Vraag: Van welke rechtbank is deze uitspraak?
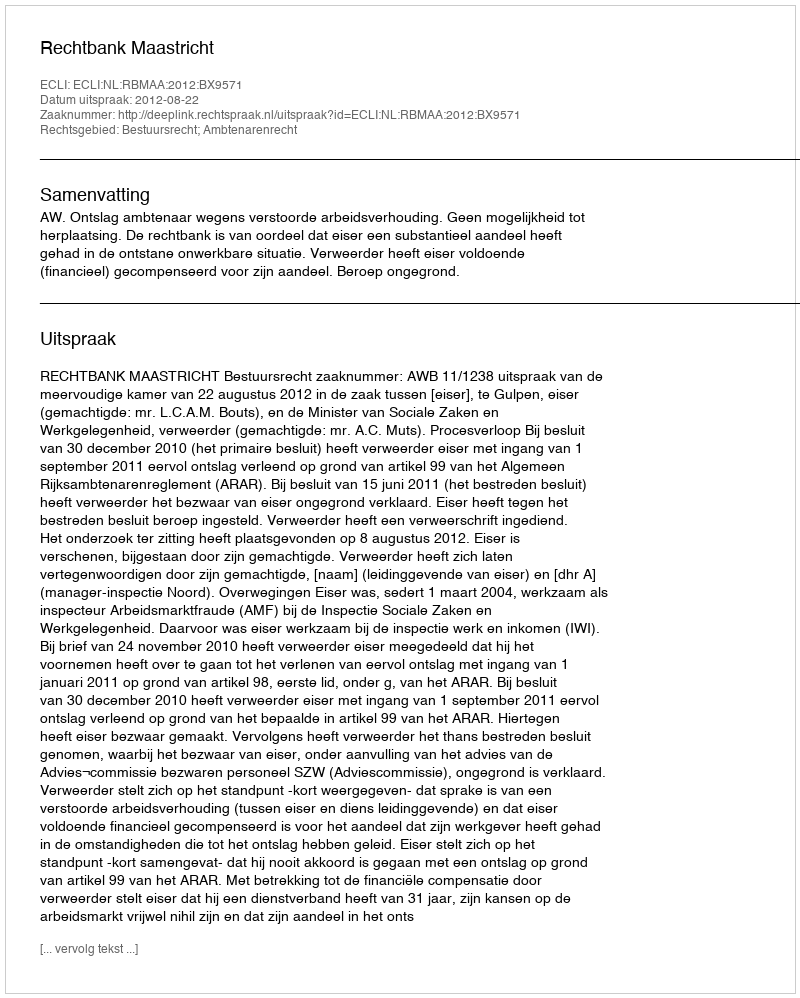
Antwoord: Rechtbank Maastricht